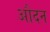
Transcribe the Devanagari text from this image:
औदन